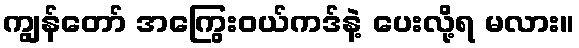
ကျွန်တော် အကြွေးဝယ်ကဒ်နဲ့ ပေးလို့ရ မလား။